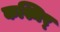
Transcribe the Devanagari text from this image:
कश्मिर्